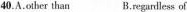
40.A.other than B.regardless of